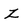
Character: Z